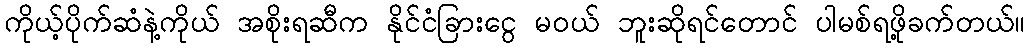
ကိုယ့်ပိုက်ဆံနဲ့ကိုယ် အစိုးရဆီက နိုင်ငံခြားငွေ မဝယ် ဘူးဆိုရင်တောင် ပါမစ်ရဖို့ခက်တယ်။